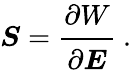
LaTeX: {\boldsymbol{S}}={\cfrac{\partial W}{\partial{\boldsymbol{E}}}}~.